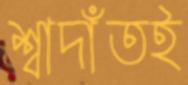
শ্বাদাঁতই